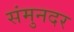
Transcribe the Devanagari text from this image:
संमुनदर